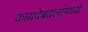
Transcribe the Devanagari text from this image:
कायदेबदलांमध्ये